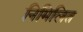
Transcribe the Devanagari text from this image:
निमिलित